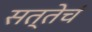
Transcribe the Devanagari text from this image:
सत्तेचं